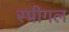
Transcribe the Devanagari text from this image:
स्प्रीगल